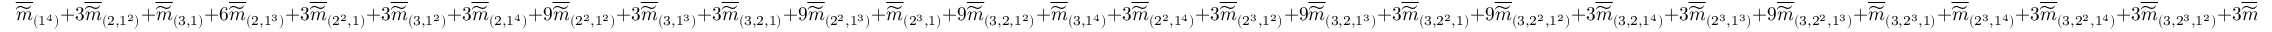
\overline { { \widetilde { m } } } _ { ( 1 ^ { 4 } ) } + 3 \overline { { \widetilde { m } } } _ { ( 2 , 1 ^ { 2 } ) } + \overline { { \widetilde { m } } } _ { ( 3 , 1 ) } + 6 \overline { { \widetilde { m } } } _ { ( 2 , 1 ^ { 3 } ) } + 3 \overline { { \widetilde { m } } } _ { ( 2 ^ { 2 } , 1 ) } + 3 \overline { { \widetilde { m } } } _ { ( 3 , 1 ^ { 2 } ) } + 3 \overline { { \widetilde { m } } } _ { ( 2 , 1 ^ { 4 } ) } + 9 \overline { { \widetilde { m } } } _ { ( 2 ^ { 2 } , 1 ^ { 2 } ) } + 3 \overline { { \widetilde { m } } } _ { ( 3 , 1 ^ { 3 } ) } + 3 \overline { { \widetilde { m } } } _ { ( 3 , 2 , 1 ) } + 9 \overline { { \widetilde { m } } } _ { ( 2 ^ { 2 } , 1 ^ { 3 } ) } + \overline { { \widetilde { m } } } _ { ( 2 ^ { 3 } , 1 ) } + 9 \overline { { \widetilde { m } } } _ { ( 3 , 2 , 1 ^ { 2 } ) } + \overline { { \widetilde { m } } } _ { ( 3 , 1 ^ { 4 } ) } + 3 \overline { { \widetilde { m } } } _ { ( 2 ^ { 2 } , 1 ^ { 4 } ) } + 3 \overline { { \widetilde { m } } } _ { ( 2 ^ { 3 } , 1 ^ { 2 } ) } + 9 \overline { { \widetilde { m } } } _ { ( 3 , 2 , 1 ^ { 3 } ) } + 3 \overline { { \widetilde { m } } } _ { ( 3 , 2 ^ { 2 } , 1 ) } + 9 \overline { { \widetilde { m } } } _ { ( 3 , 2 ^ { 2 } , 1 ^ { 2 } ) } + 3 \overline { { \widetilde { m } } } _ { ( 3 , 2 , 1 ^ { 4 } ) } + 3 \overline { { \widetilde { m } } } _ { ( 2 ^ { 3 } , 1 ^ { 3 } ) } + 9 \overline { { \widetilde { m } } } _ { ( 3 , 2 ^ { 2 } , 1 ^ { 3 } ) } + \overline { { \widetilde { m } } } _ { ( 3 , 2 ^ { 3 } , 1 ) } + \overline { { \widetilde { m } } } _ { ( 2 ^ { 3 } , 1 ^ { 4 } ) } + 3 \overline { { \widetilde { m } } } _ { ( 3 , 2 ^ { 2 } , 1 ^ { 4 } ) } + 3 \overline { { \widetilde { m } } } _ { ( 3 , 2 ^ { 3 } , 1 ^ { 2 } ) } + 3 \overline { { \widetilde { m } } } _ { ( 3 , 2 ^ { 3 } , 1 ^ { 3 } ) } + \overline { { \widetilde { m } } } _ { ( 3 , 2 ^ { 3 } , 1 ^ { 4 } ) }